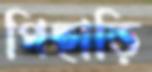
পিছাড়ি